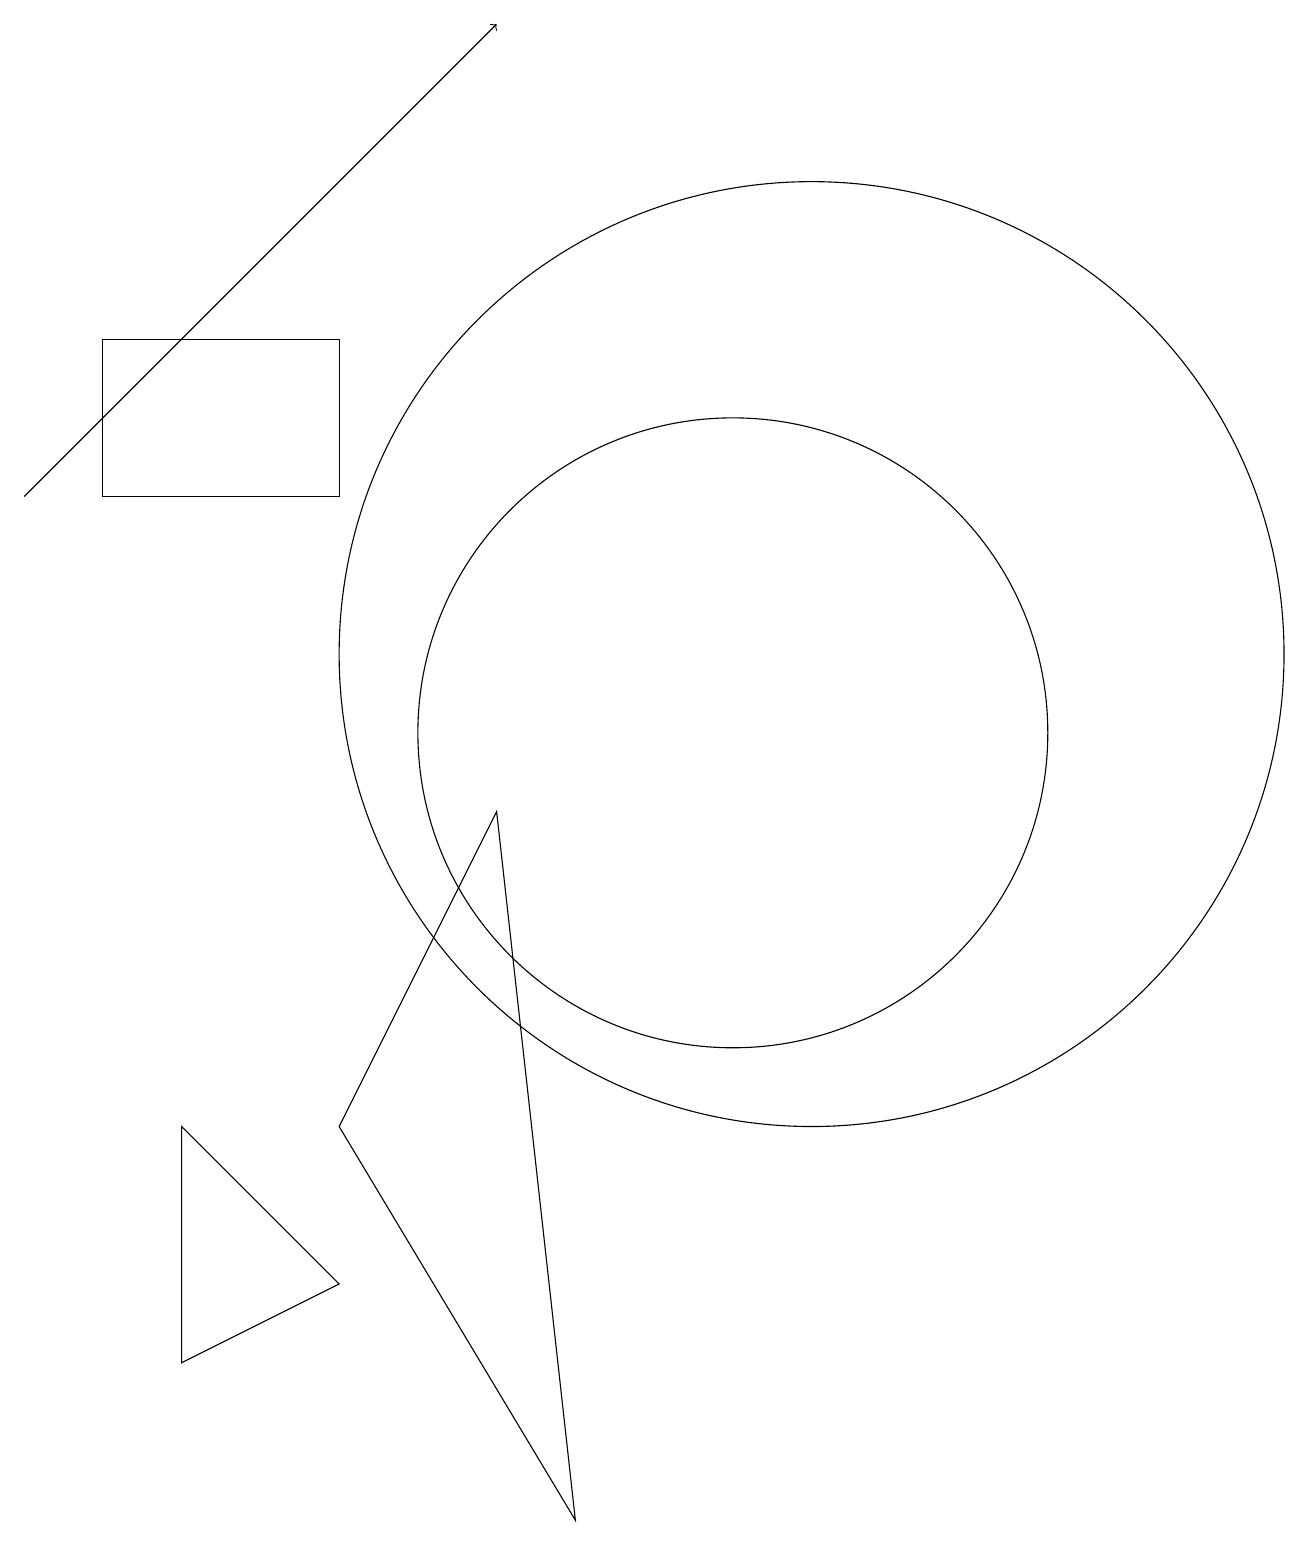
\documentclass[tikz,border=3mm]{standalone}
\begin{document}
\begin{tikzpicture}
\draw (11,11) circle (6);
\draw (10,10) circle (4);
\draw[->] (1,13) -- (7,19);
\draw (5,3) -- (3,5) -- (3,2) -- cycle;
\draw (5,13) rectangle (2,15);
\draw (7,9) -- (5,5) -- (8,0) -- cycle;
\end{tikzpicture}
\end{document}